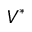
V ^ { \ast }